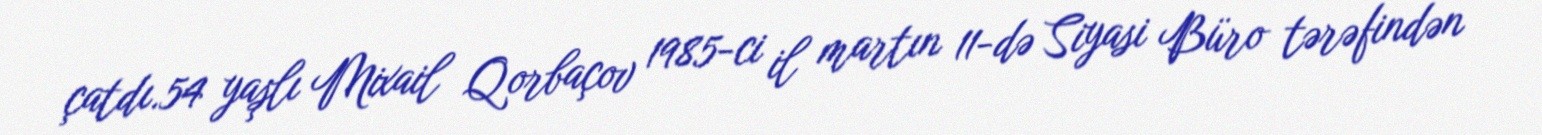
çatdı.54 yaşlı Mixail Qorbaçov 1985-ci il martın 11-də Siyasi Büro tərəfindən